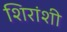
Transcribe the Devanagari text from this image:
शिरांशी